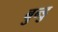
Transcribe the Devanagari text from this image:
बुन्डु